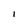
Character: I